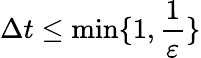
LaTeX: \Delta t\leq\operatorname*{min}\lbrace 1,\frac{1}{\varepsilon}\rbrace